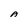
Character: A